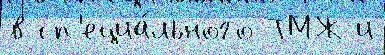
в сп'ециа́льного ТМЖ и